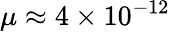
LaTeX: \mu\approx 4\times 10^{-12}